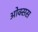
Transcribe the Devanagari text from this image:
ओक्सस